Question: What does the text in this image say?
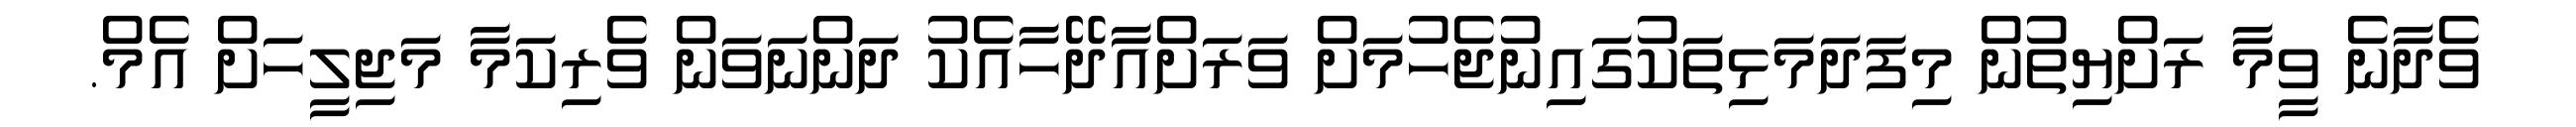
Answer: ވެދާނެ ވީމާ ރަށްޔިތުން މިފަދަމަޅިތަކުގައިނުޖެހުމަށް ވަރަށްއާދޭހާއެކު ދަންނަވަން ވެރިކަމާ މަޖިލީހަށް އެމް.